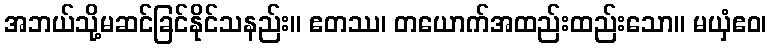
အဘယ်သို့မဆင်ခြင်နိုင်သနည်း။ ဧတဿ၊ တယောက်အထည်းထည်းသော။ မယှံဧဝ၊